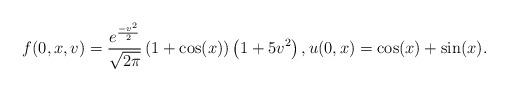
LaTeX: \begin{align*}f(0,x,v) = \frac{e^{\frac{-v^2}{2}}}{\sqrt{2\pi}}\left(1 + \cos(x)\right)\left(1 + 5v^2\right), u(0,x) = \cos(x) + \sin(x).\end{align*}